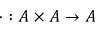
\cdot : A \times A \to A